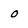
Character: 0